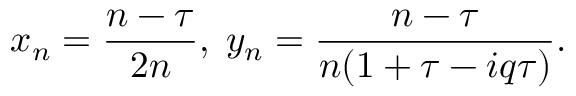
x _ { n } = \frac { n - \tau } { 2 n } , \; y _ { n } = \frac { n - \tau } { n ( 1 + \tau - i q \tau ) } .